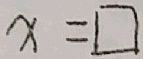
x = \square